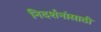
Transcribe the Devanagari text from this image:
निदर्शनांसाठी